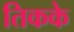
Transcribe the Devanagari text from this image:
तिकके